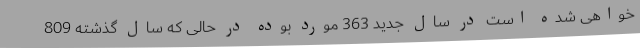
خواهی شده است در سال جدید 363 مورد بوده در حالی که سال گذشته 809